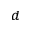
^ d